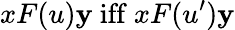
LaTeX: xF(u)\mathbf{y}{\mathrm{{~iff~}}}xF(u^{\prime})\mathbf{y}